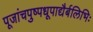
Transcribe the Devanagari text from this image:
पूजांचपुष्पधूपाद्यैर्बलिभिः